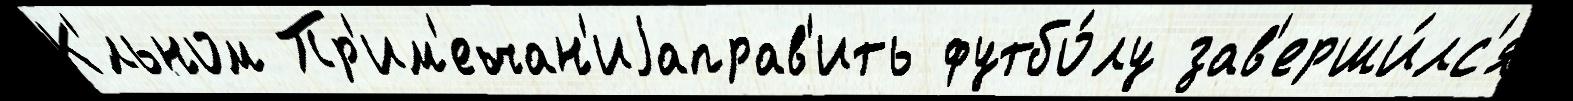
К'́льном Пр'им'ечан'иjаправ'ить футбо́лу зав'ерши́лс'я